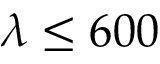
\lambda \le 6 0 0